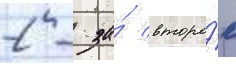
2 - за́ второ́е